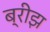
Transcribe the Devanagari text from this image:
ब्रीझ